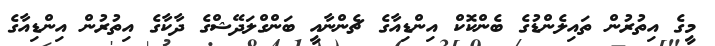
މީގެ އިތުރުން ތައިލެންޑުގެ ބެންކޮކް އިންޑިއާގެ ޗެންނާއީ ބަންގްލަދޭޝްގެ ދާކާގެ އިތުރުން އިންޑިއާގެ